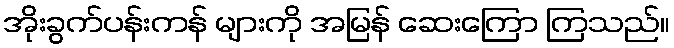
အိုးခွက်ပန်းကန် များကို အမြန် ဆေးကြော ကြသည်။